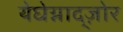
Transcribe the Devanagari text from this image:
येघेग्नाद्ज़ोर